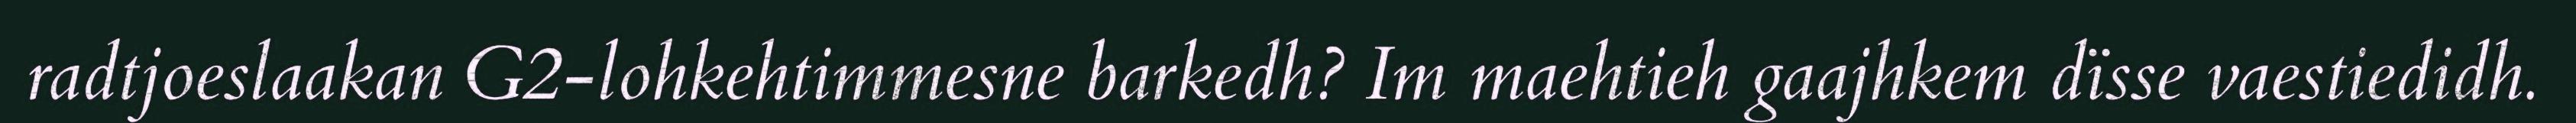
radtjoeslaakan G2-lohkehtimmesne barkedh? Im maehtieh gaajhkem dïsse vaestiedidh.